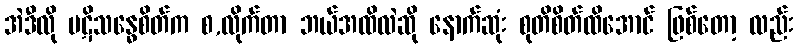
အဲဒီလို ပဋိသန္ဓေစိတ်က စ,လိုက်တာ ဘယ်အထိလဲဆို နောက်ဆုံး စုတိစိတ်ထိအောင် ဖြစ်တော့ လည်း